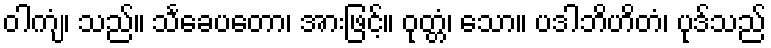
ဝါကျံ၊ သည်။ သင်္ခေပတော၊ အားဖြင့်။ ဝုတ္တံ၊ သော။ ပဒါဘိဟိတံ၊ ပုဒ်သည်